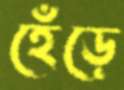
হেঁড়ে